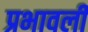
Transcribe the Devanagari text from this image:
प्रभावली